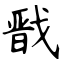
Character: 戬